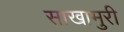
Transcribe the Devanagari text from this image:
साखामुरी